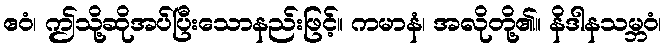
ဧဝံ၊ ဤသို့ဆိုအပ်ပြီးသောနည်းဖြင့်။ ကမာနံ၊ အလိုတို့၏။ နိဒါနသမ္ဘဝံ၊